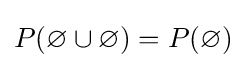
P(\varnothing \cup \varnothing )=P(\varnothing )